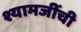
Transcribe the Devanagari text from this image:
श्यामजींची